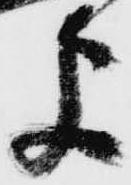
よ